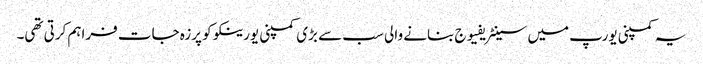
یہ کمپنی یورپ میں سینٹریفیوج بنانے والی سب سے بڑی کمپنی یورینکو کو پرزہ جات فراہم کرتی تھی۔